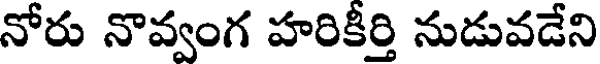
నోరు నొవ్వంగ హరికీర్తి నుడువడేని